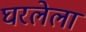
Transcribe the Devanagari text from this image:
घरलेला